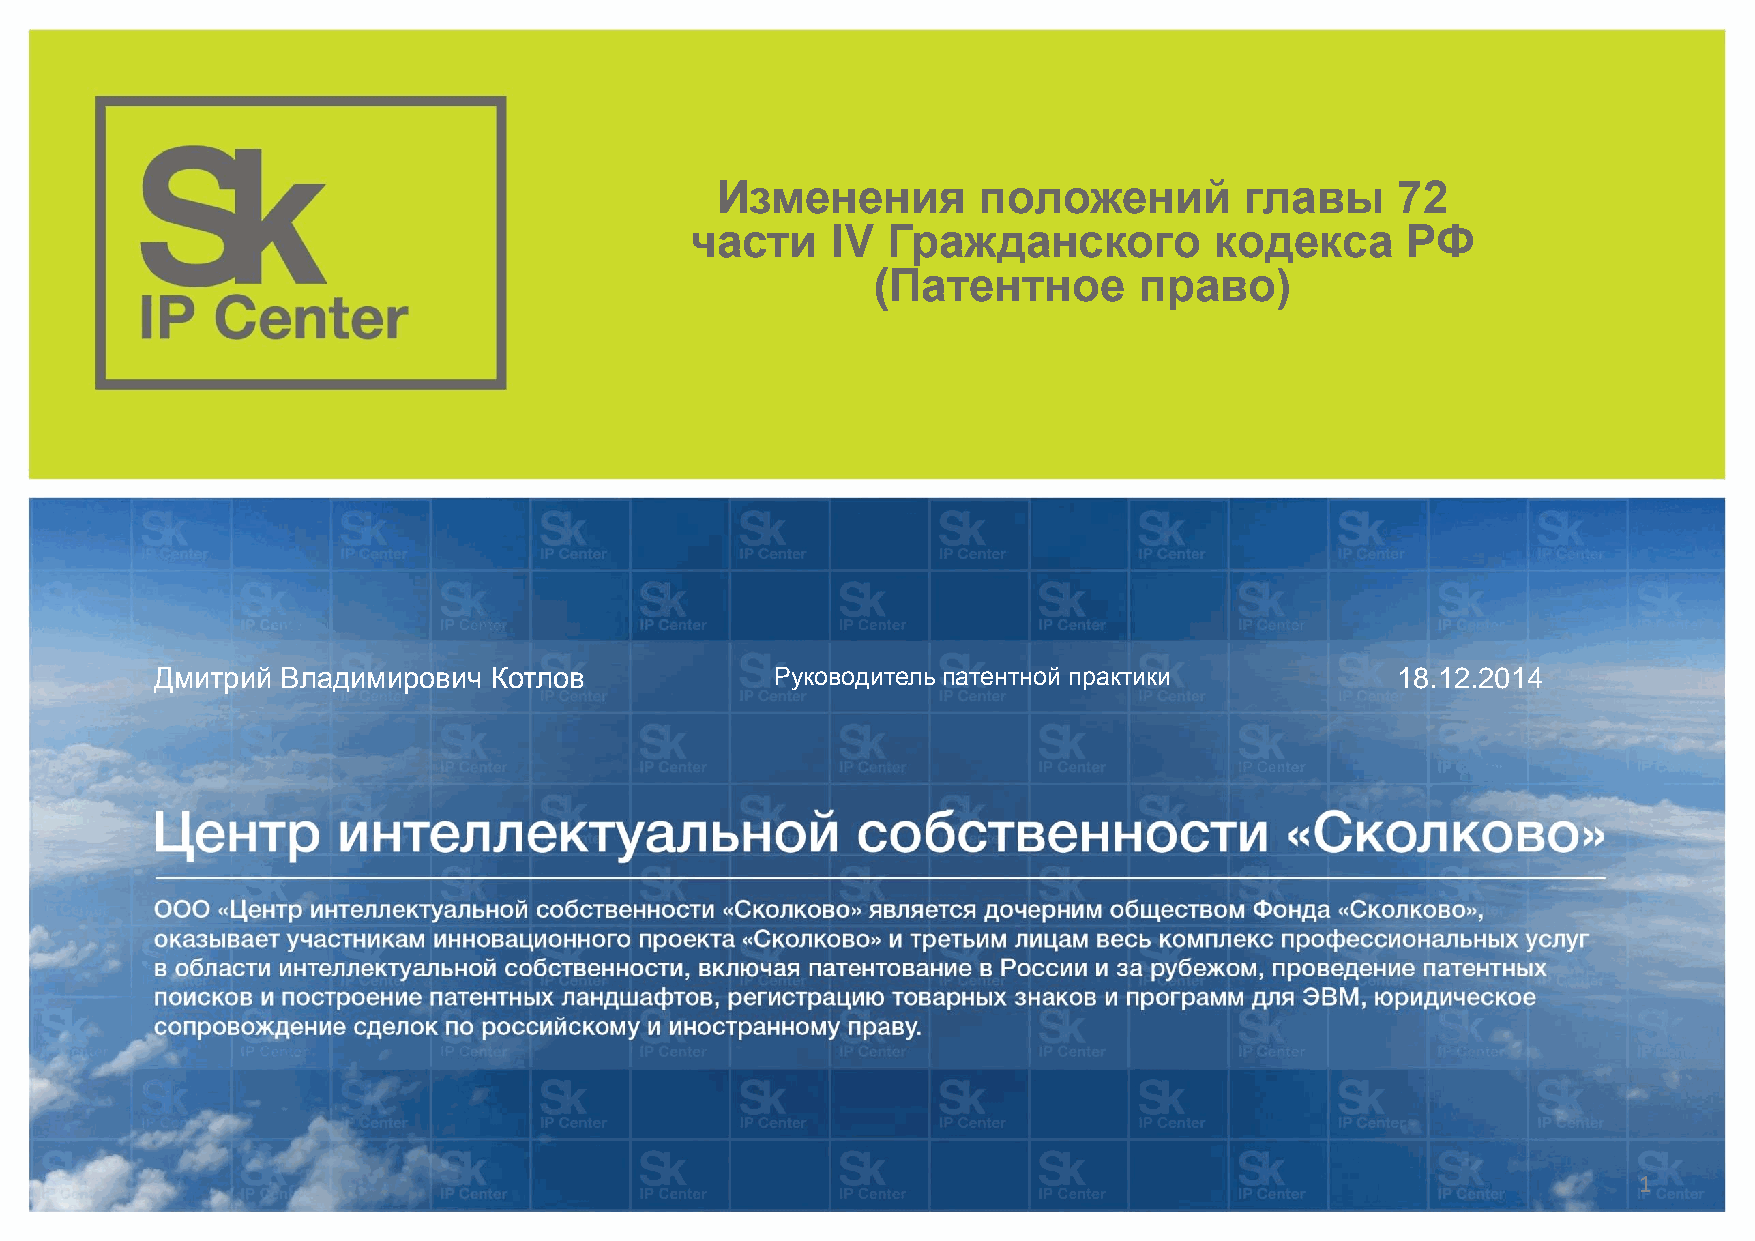
Изменения         положений        главы     72
 части    IV  Гражданского         кодекса      РФ
 (Патентное       право)
 Дмитрий  Владимирович Котлов             Руководитель патентной практики          18.12.2014
 1